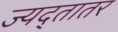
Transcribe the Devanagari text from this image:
ज्यद्तातर